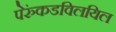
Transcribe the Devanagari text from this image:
पेरुंकडविलयिल